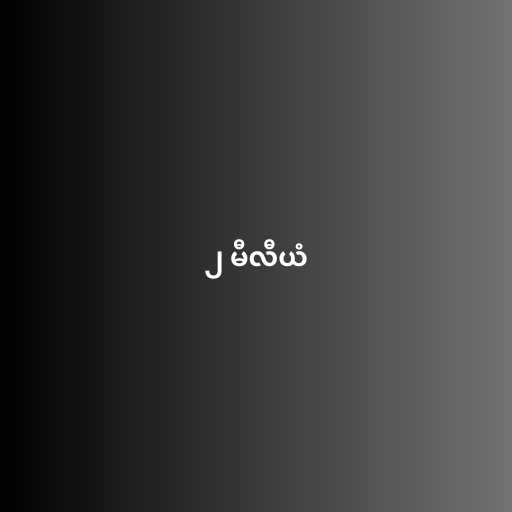
၂ မီလီယံ